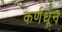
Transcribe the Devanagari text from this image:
कर्णधून